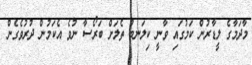
މާދަމާގެ ލީޑާރުން ކަމުގައި ވާނީ ކިލަނބު ތެލަށް ބަރޯސާ ނުވެ އެކަމުން ދުރުވެގެން